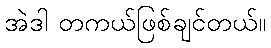
အဲဒါ တကယ်ဖြစ်ချင်တယ်။